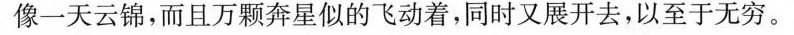
像一天云锦，而且万颗奔星似的飞动着，同时又展开去，以至于无穷。